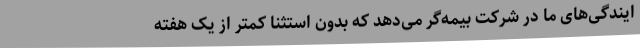
ایندگی‌های ما در شرکت بیمه‌گر می‌دهد که بدون استثنا کمتر از یک هفته